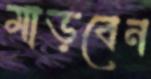
মাড়বেন